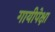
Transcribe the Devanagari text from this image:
गायीपेक्षा